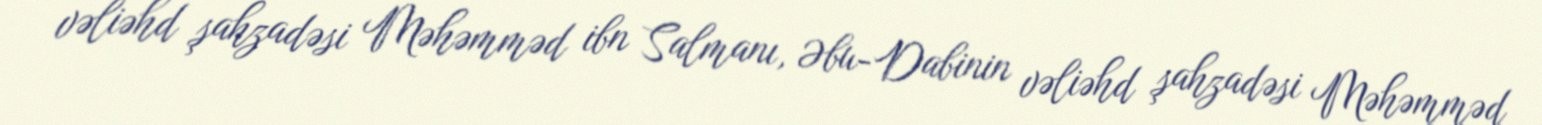
vəliəhd şahzadəsi Məhəmməd ibn Salmanı, Əbu-Dabinin vəliəhd şahzadəsi Məhəmməd